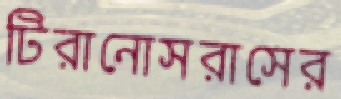
টিরানোসরাসের